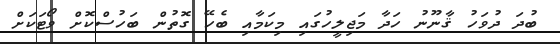
ބުދަ ދުވަހު ޤާނޫނު ހަދާ މަޖިލީހުގައި މިކަމާއި ބެހޭ ގޮތުން ބަހުސްކޮށް ވޯޓަކަށް